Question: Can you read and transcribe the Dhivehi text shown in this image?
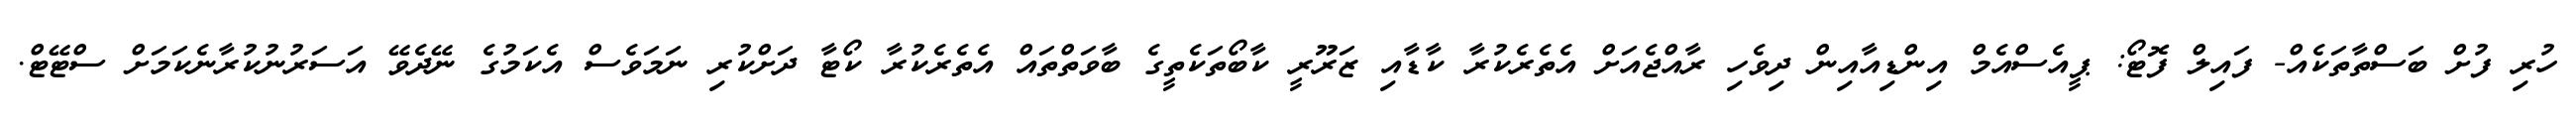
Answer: ހުރި ފުށް ބަސްތާތަކެއް- ފައިލް ފޮޓޯ: ޕީއެސްއެމް އިންޑިއާއިން ދިވެހި ރާއްޖެއަށް އެތެރެކުރާ ކާޑާއި ޒަރޫރީ ކާބޯތަކެތީގެ ބާވަތްތައް އެތެރެކުރާ ކޯޓާ ދަށްކުރި ނަމަވެސް އެކަމުގެ ނޭދެވޭ އަސަރުނުކުރާނެކަމަށް ސްޓޭޓް.